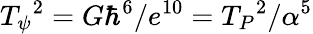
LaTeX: T_{\psi}{}^{2}=G\hbar^{6}/e^{10}=T_{P}{}^{2}/\alpha^{5}